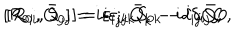
[ R _ { 0 i } , \bar { Q } _ { j } ] = i \varepsilon _ { i j k } \bar { Q } _ { k } - i \delta _ { i j } \bar { Q } , \hspace { 1 i n } [ R _ { 0 i } , S _ { 0 j } ] = i \varepsilon _ { i j k } S _ { 0 k } - i \delta _ { i j } Q ,